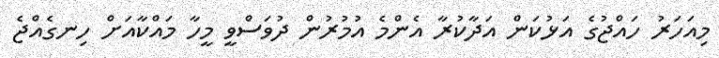
މިއަހަރު ހައްޖުގެ އަޅުކަން އަދާކުރާ އެންމެ އުމުރުން ދުވަސްވީ މީހާ މައްކާއަށް ހިނގެއްޖެ